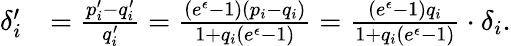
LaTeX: \begin{array}{rl}{\delta_{i}^{\prime}}&{=\frac{p_{i}^{\prime}-q_{i}^{\prime}}{q_{i}^{\prime}}=\frac{(e^{\epsilon}-1)(p_{i}-q_{i})}{1+q_{i}(e^{\epsilon}-1)}=\frac{(e^{\epsilon}-1)q_{i}}{1+q_{i}(e^{\epsilon}-1)}\cdot\delta_{i}.}\end{array}